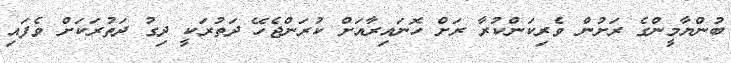
ބުންޔާމީންގެ ރަށުން ވެރިކަންކުރާ ރަށް ހޮނައިރާއަށް ކުރަންޖެހޭ ދަތުރަކީ ދިގު ދަތުރަކަށް ވެފައި